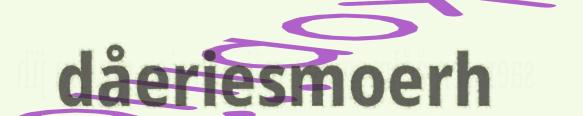
dåeriesmoerh